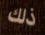
ذلك